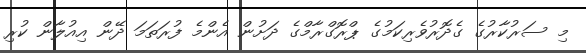
މި ސަރުކާރުގެ ގެދޮރުވެރިކަމުގެ ޕްރޮގްރާމްގެ ދަށުން އެންމެ ފުރަތަމަ ދޭން އިއުލާން ކުރި